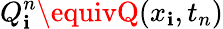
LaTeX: Q_{\mathbf{i}}^{n}\equivQ(x_{\mathbf{i}},t_{n})